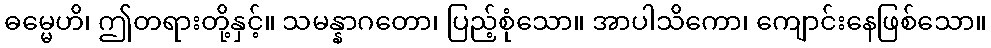
ဓမ္မေဟိ၊ ဤတရားတို့နှင့်။ သမန္နာဂတော၊ ပြည့်စုံသော။ အာပါသိကော၊ ကျောင်းနေဖြစ်သော။